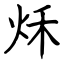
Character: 秌